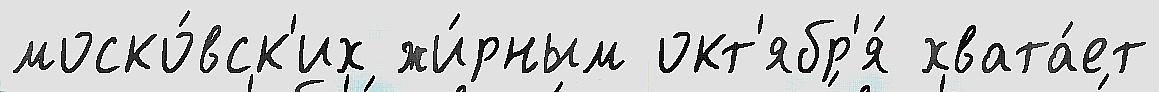
моско́вск'их жи́рным окт'ябр'я́ хвата́ет